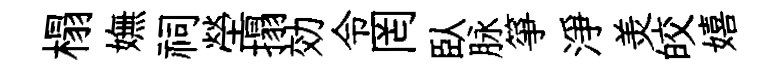
榻嫵祠塋搨効令罔臥脉箏淨羙皎嬉